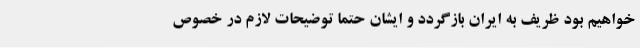
خواهیم بود ظریف به ایران بازگردد و ایشان حتما توضیحات لازم در خصوص